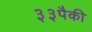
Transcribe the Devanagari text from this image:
३३पैकी